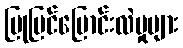
ပြုပြင်ပြောင်းလဲမှုများ